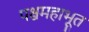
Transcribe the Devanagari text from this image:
पश्चमहाभूत